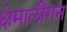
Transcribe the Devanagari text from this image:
क्षेमालींगन